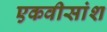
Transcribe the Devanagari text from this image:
एकवीसांश